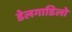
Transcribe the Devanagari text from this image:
डेलगाडिलो